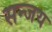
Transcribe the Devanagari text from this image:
सन्जय